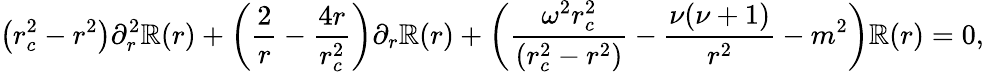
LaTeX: \left(r_{c}^{2}-r^{2}\right)\partial_{r}^{2}\mathbb{R}(r)+\left(\frac{{2}}{{r}}-\frac{{4r}}{{r_{c}^{2}}}\right)\partial_{r}\mathbb{R}(r)+\left(\frac{{\omega^{2}r_{c}^{2}}}{{(r_{c}^{2}-r^{2})}}-\frac{{\nu(\nu+1)}}{{r^{2}}}-m^{2}\right)\mathbb{R}(r)=0,